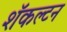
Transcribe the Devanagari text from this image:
शॅकल्टन